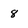
Character: 8